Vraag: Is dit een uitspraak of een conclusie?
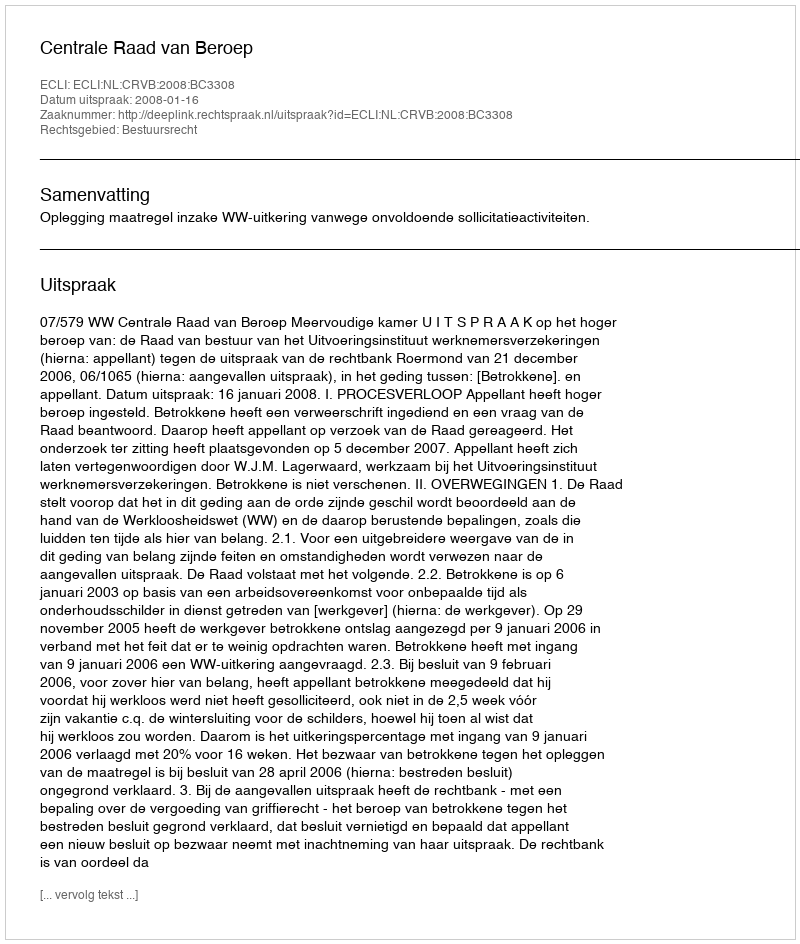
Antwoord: Uitspraak